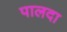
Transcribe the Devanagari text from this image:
पालदा